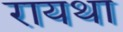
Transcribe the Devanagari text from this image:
रायथा